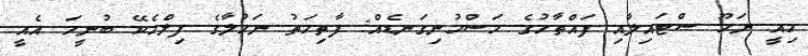
މިއީ ނަހޫ ސްޓައިލާއި ފައްތާހުގެ މަސްހުނިގަނޑެއް: ފާތިމަތު ނަހުލާގެ ފިލްމެކޭ ބުނީމަ އެއީ